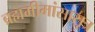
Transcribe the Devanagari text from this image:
ब्रह्ममीमांसासूत्र